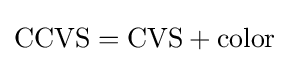
{\mbox{CCVS}}={\mbox{CVS}}+{\mbox{color}}